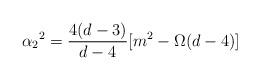
LaTeX: \begin{align*}\alpha_2{}^2 = \frac{4(d-3)}{d-4} [ m^2 - \Omega (d-4)]\end{align*}